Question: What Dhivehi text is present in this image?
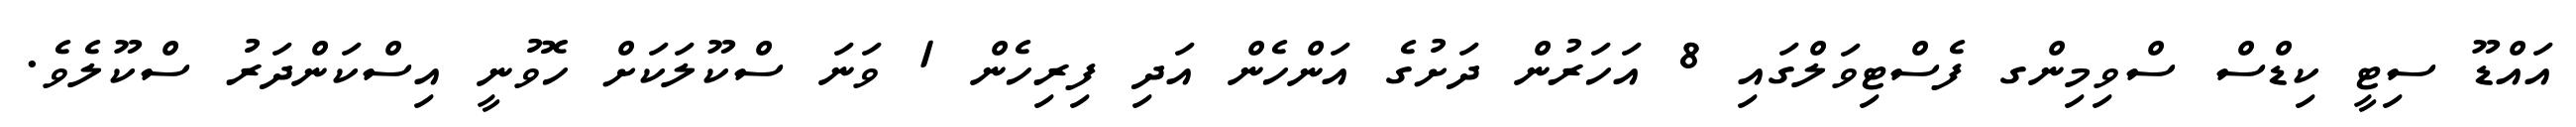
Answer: އައްޑޫ ސިޓީ ކިޑްސް ސްވިމިންގ ފެސްޓިވަލްގައި 8 އަހަރުން ދަށުގެ އަންހެން އަދި ފިރިހެން 1 ވަނަ ސްކޫލަކަށް ހޮވުނީ އިސްކަންދަރު ސްކޫލެވެ.